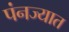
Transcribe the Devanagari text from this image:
पंनज्यात